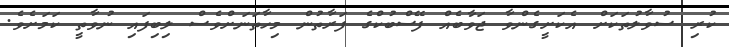
ކުރި ސުވާލުތަކަށް އެކަށީގެންވާ ޖަވާބެއް ފޭސްބުކްގެ ފަރާތުން މިހާތަނަށްވެސް ލިބިފައި ނުވާތީ ކަމަށެވެ.